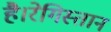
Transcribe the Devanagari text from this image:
है।रेगिस्तान